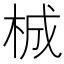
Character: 𭩴